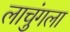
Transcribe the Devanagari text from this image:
लाचुंगला